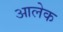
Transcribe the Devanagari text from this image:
आलेक